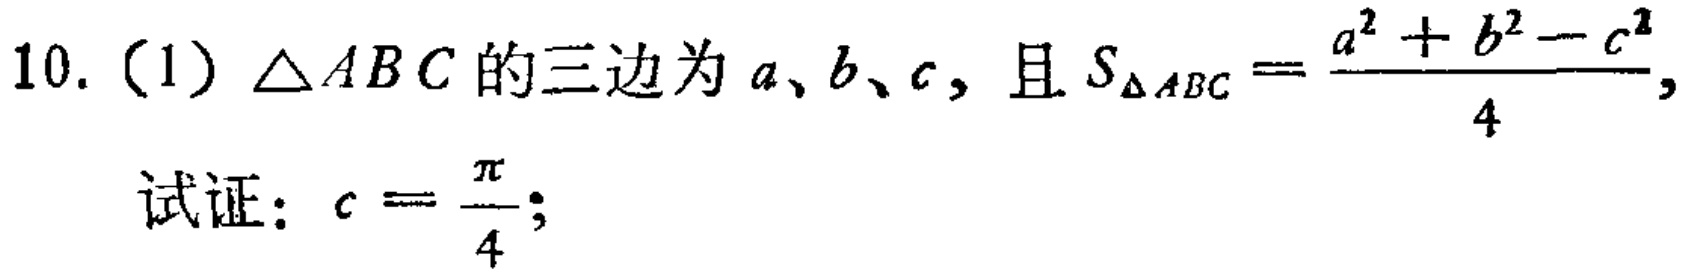
10. (1) $\triangle ABC$ 的三边为 $a、b、c$，且 $S_{\triangle ABC}=\frac{a^{2}+b^{2}-c^{2}}{4}$，
试证：$C = \frac{\pi}{4}$；